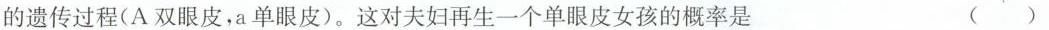
的遗传过程(A双眼皮，a单眼皮)。这对夫妇再生一个单眼皮女孩的概率是 ()